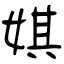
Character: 娸